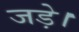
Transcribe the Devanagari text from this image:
जड़े।